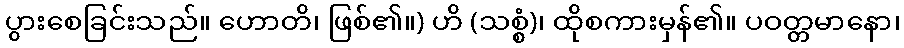
ပွားစေခြင်းသည်။ ဟောတိ၊ ဖြစ်၏။) ဟိ (သစ္စံ)၊ ထိုစကားမှန်၏။ ပဝတ္တမာနော၊